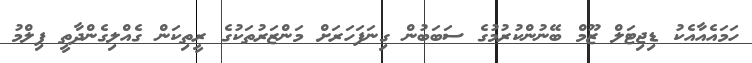
ހަމައެއާއެކު ޑިޖިޓަލް ޒޫމް ބޭނުންކުރުމުގެ ސަބަބުން ގިނަފަހަރަށް މަންޒަރުތަކުގެ ރީތިކަން ގެއްލިގެންދާތީ ފިލްމު